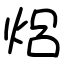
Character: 焒